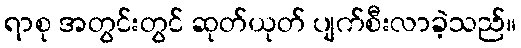
ရာစု အတွင်းတွင် ဆုတ်ယုတ် ပျက်စီးလာခဲ့သည်။